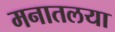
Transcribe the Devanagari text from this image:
मनातलया